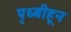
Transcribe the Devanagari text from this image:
पृथ्वीहून